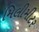
મિલીમીટર